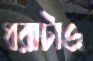
ধরাটাও